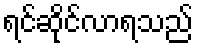
ရင်ဆိုင်လာရသည်